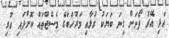
އަދި އޭރު ފޯނަށް ގިނަ ބަޔަކު ގުޅާއި މަރުހަބާގެ މެސެޖްތައް ކޮށްފައި ހުރި